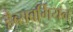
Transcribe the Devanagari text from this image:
हैब्सबर्गियन